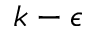
k - \epsilon